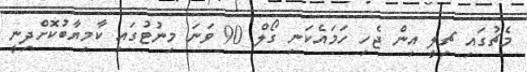
މެޗުގައި ޗިލީ އިން ޖެހި ހަމައެކަނި ގޯލް 90 ވަނަ މިނުޓުގައި ކާމިޔާބުކޮށްދިނީ